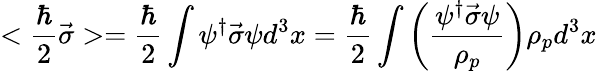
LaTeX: <\frac{\hbar}{2}\vec{\sigma}>=\frac{\hbar}{2}\int\psi^{\dagger}\vec{\sigma}\psi d^{3}x=\frac{\hbar}{2}\int\left(\frac{\psi^{\dagger}\vec{\sigma}\psi}{\rho_{p}}\right)\rho_{p}d^{3}x